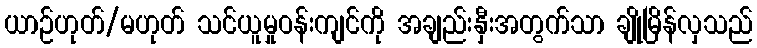
ယာဉ်ဟုတ်/မဟုတ် သင်ယူမှုဝန်းကျင်ကို အချည်းနှီးအတွက်သာ ချိုမြိန်လှသည်